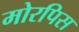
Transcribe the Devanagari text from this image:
मोरपिस